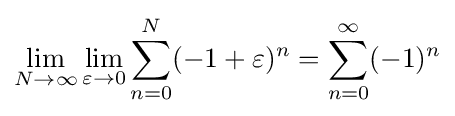
\lim _{N\to \infty }\lim _{\varepsilon \to 0}\sum _{n=0}^{N}(-1+\varepsilon )^{n}=\sum _{n=0}^{\infty }(-1)^{n}